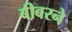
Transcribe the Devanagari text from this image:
बीबरने